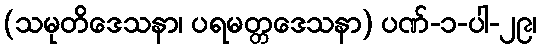
(သမုတိဒေသနာ၊ ပရမတ္တဒေသနာ) ပဏ်-၁-ပါ-၂၉၊